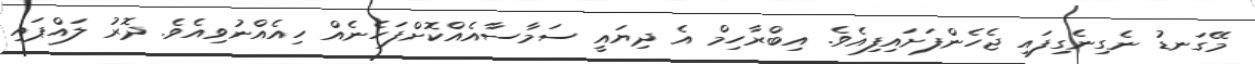
މޭގަނޑު ނެގިނެގިފައި ޖެހެންފަށައިފިއެވެ. އިބްރާހިމް އެ ދިޔައީ ސަމާސާއެއްކޮށްފަހެނެއް ހިއެއްނުވިއެވެ. ދޮރު ލައްޕައި